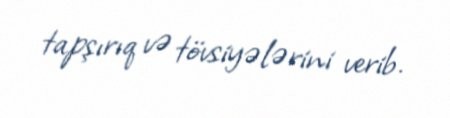
tapşırıq və tövsiyələrini verib.